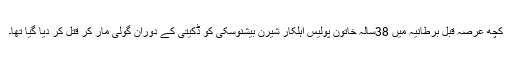
کچھ عرصہ قبل برطانیہ میں 38سالہ خاتون پولیس اہلکار شیرن بیشنوسکی کو ڈکیتی کے دوران گولی مار کر قتل کر دیا گیا تھا۔